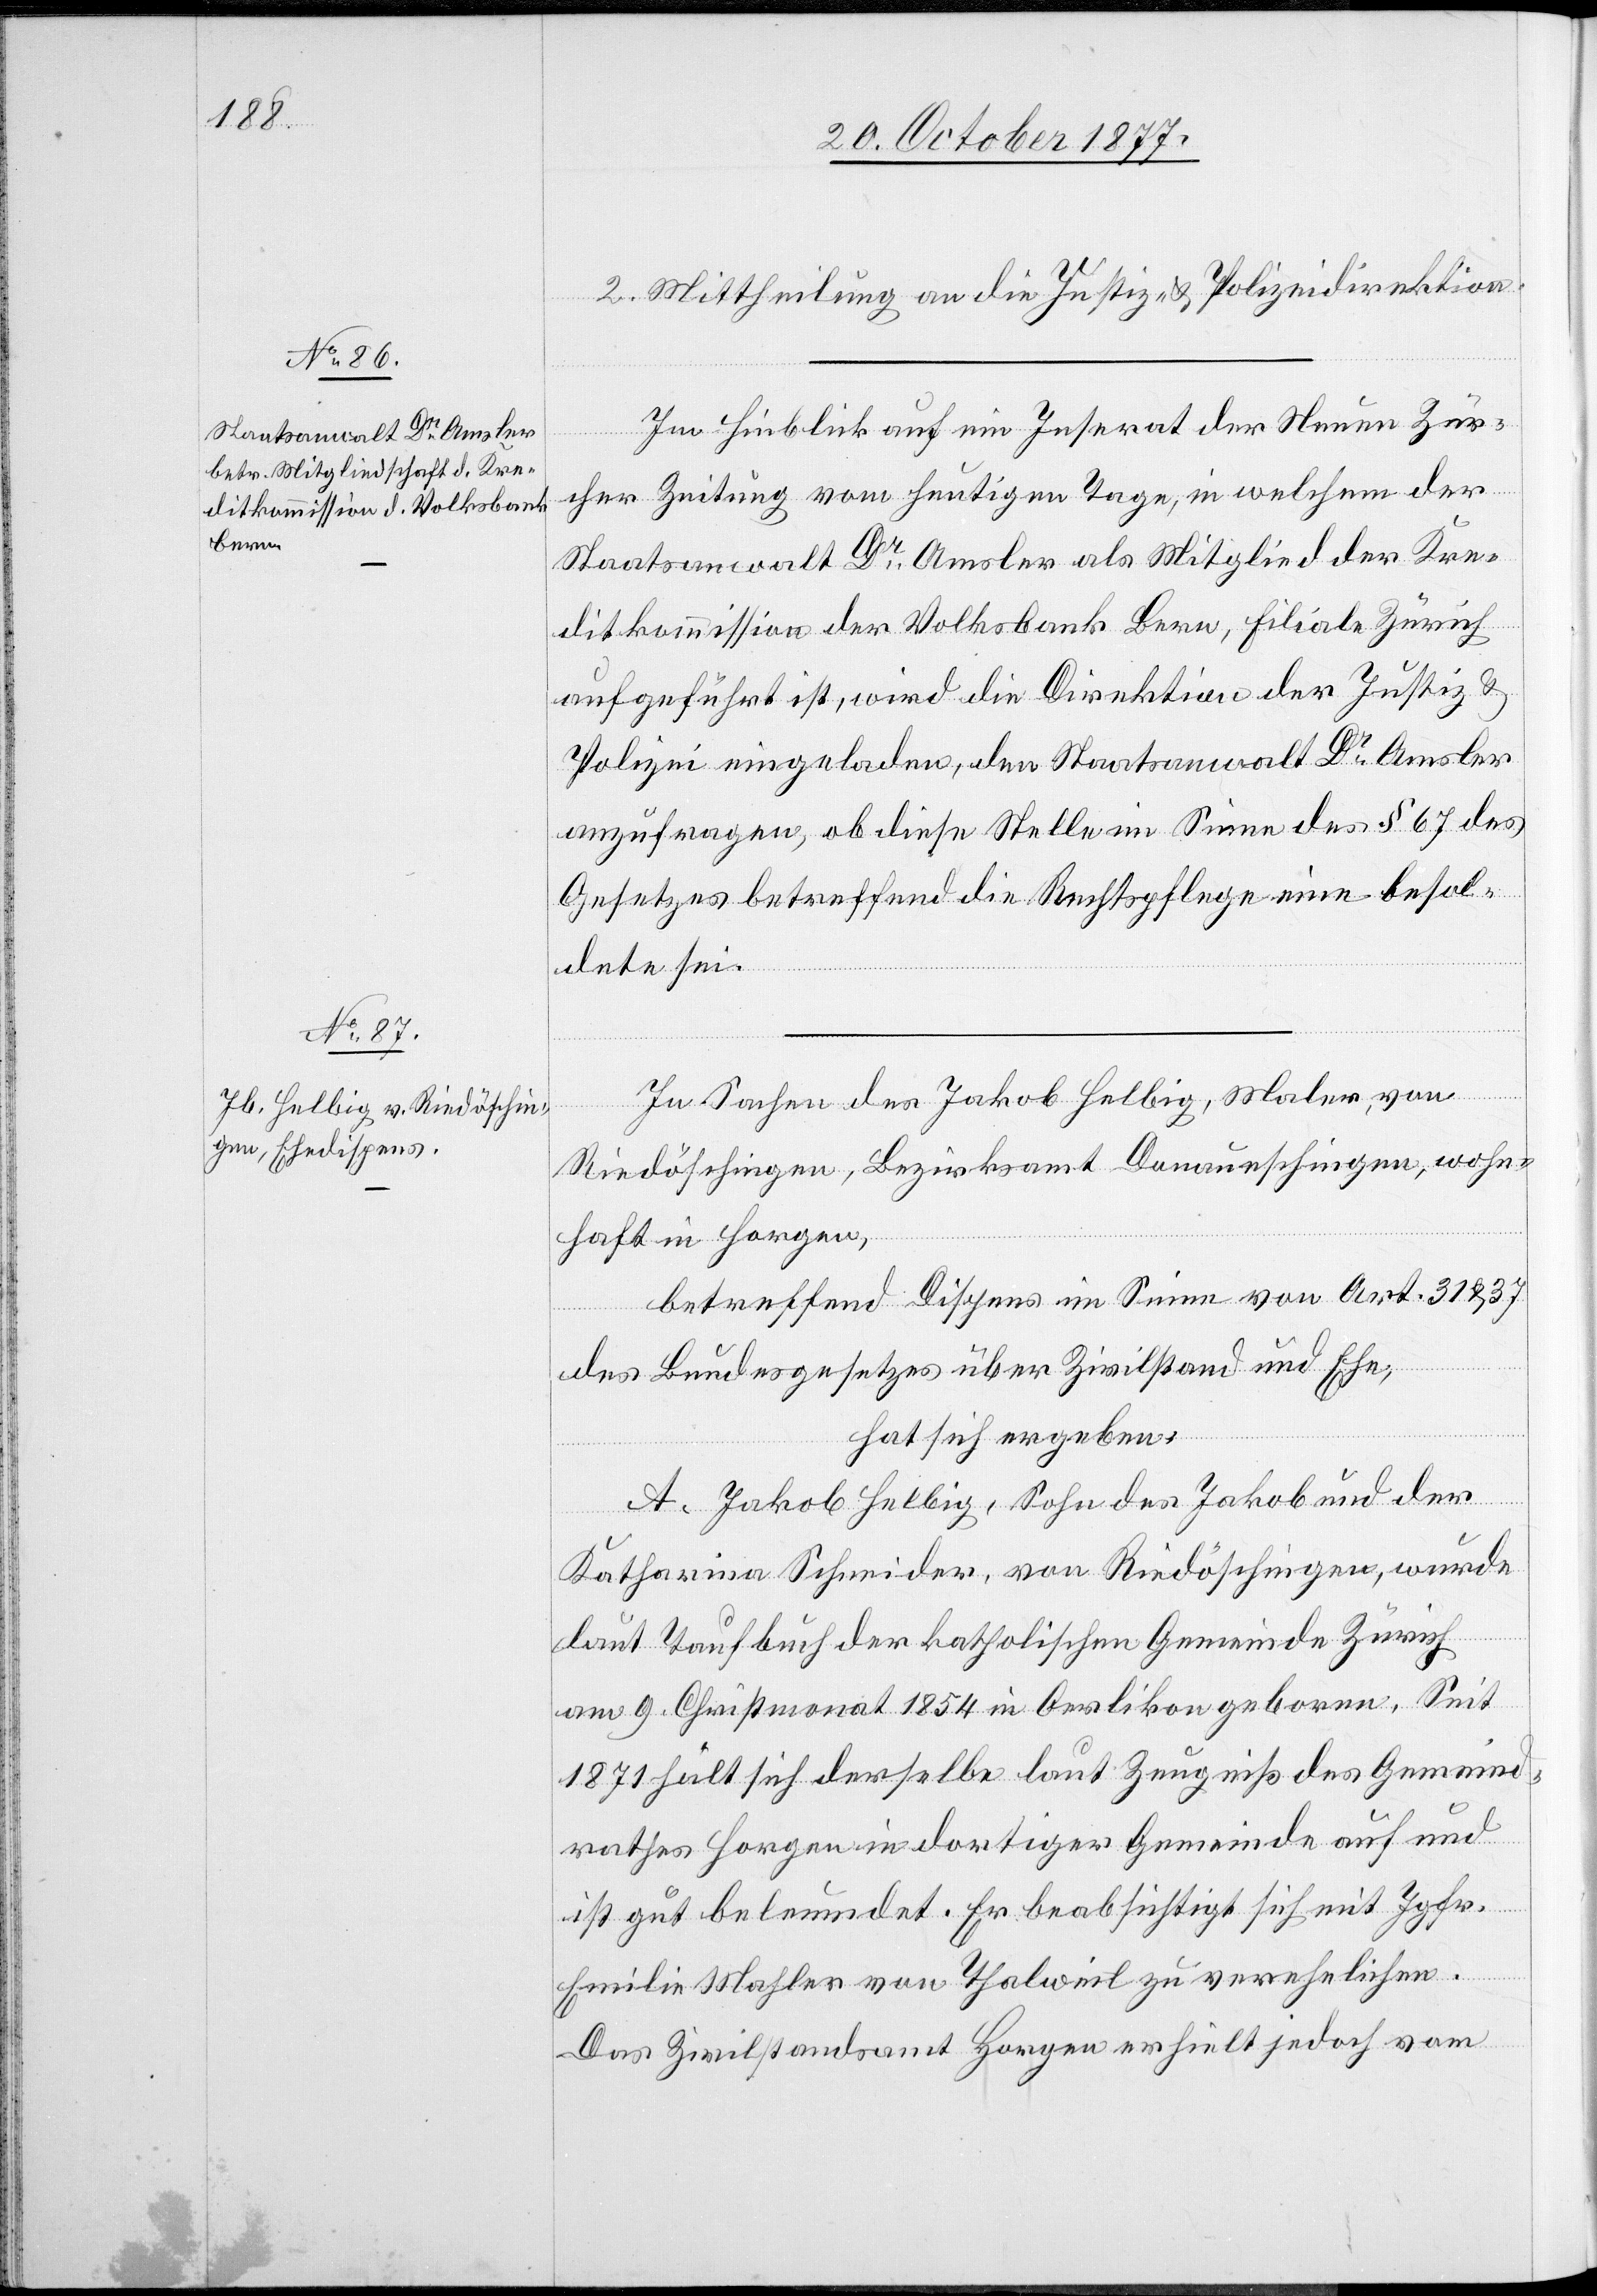
2. Mittheilung an die Justiz- & Polizeidirektion.
Im Hinblick auf ein Inserat der Neuen Zür¬
cher Zeitung vom heutigen Tage, in welchem der
Staatsanwalt Dr Amsler als Mitglied der Kre¬
ditkommission der Volksbank Bern, Filiale Zürich
aufgeführt ist, wird die Direktion der Justiz &
Polizei eingeladen, den Staatsanwalt Dr Amsler
anzufragen, ob diese Stelle im Sinne des § 67 des
Gesetzes betreffend die Rechtspflege eine besol¬
dete sei.
In Sachen des Jakob Helbig, Maler, von
Riedöschingen, Bezirksamt Donaueschingen, wohn¬
haft in Horgen,
betreffend Dispens im Sinne von Art. 31 & 37
des Bundesgesetzes über Zivilstand und Ehe,
hat sich ergeben:
A. Jakob Helbig, Sohn des Jakob und der
Katharina Schneider, von Riedöschingen, wurde
laut Taufbuch der katholischen Gemeinde Zürich
am 9. Christmonat 1854 in Oerlikon geboren. Seit
1871 hält sich derselbe laut Zeugniß des Gemeind¬
rathes Horgen in dortiger Gemeinde auf und
ist gut beleumdet. Er beabsichtigt sich mit Jgfr.
Emilie Mahler von Thalweil zu verehelichen.
Das Zivilstandsamt Horgen erhielt jedoch vom